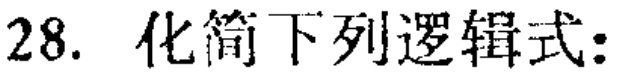
28. 化简下列逻辑式: